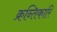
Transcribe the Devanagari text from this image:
क्रन्तिकारि